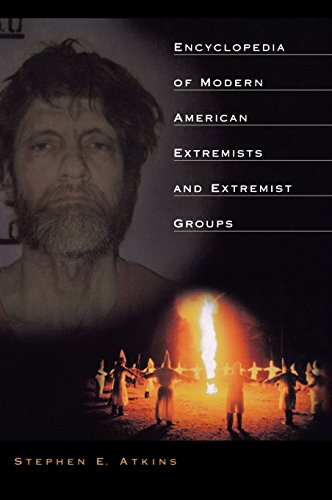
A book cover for Encyclopedia of Modern American Extremists and Extremist Groups:; Stephen E Atkins; Reference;